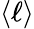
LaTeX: \langle\ell\rangle